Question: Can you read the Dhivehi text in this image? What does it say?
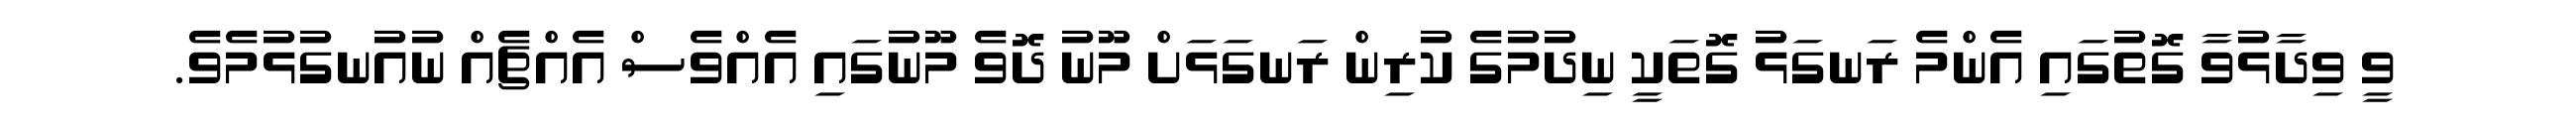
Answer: ވީ ވިދާޅުވާ ގޮތުގައި އެންމެ ރަނގަޅު ގޮތަކީ ނިދުމުގެ ކުރިން ރަނގަޅަށް މޫނު ދޮވެ މޫނުގައި އެއްވެސް އެއްޗެއް ނުއުނގުޅުމެވެ.